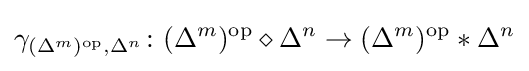
\gamma _{(\Delta ^{m})^{\mathrm {op} },\Delta ^{n}}\colon (\Delta ^{m})^{\mathrm {op} }\diamond \Delta ^{n}\rightarrow (\Delta ^{m})^{\mathrm {op} }*\Delta ^{n}